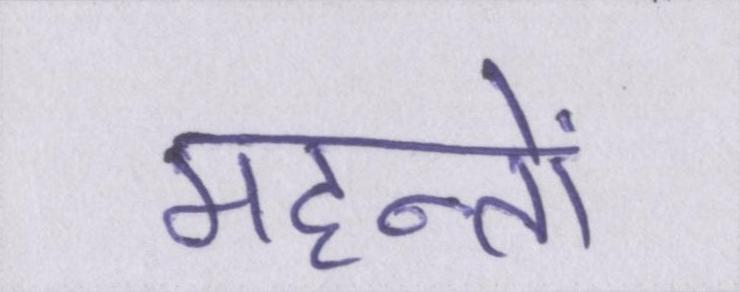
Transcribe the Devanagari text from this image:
महन्तों